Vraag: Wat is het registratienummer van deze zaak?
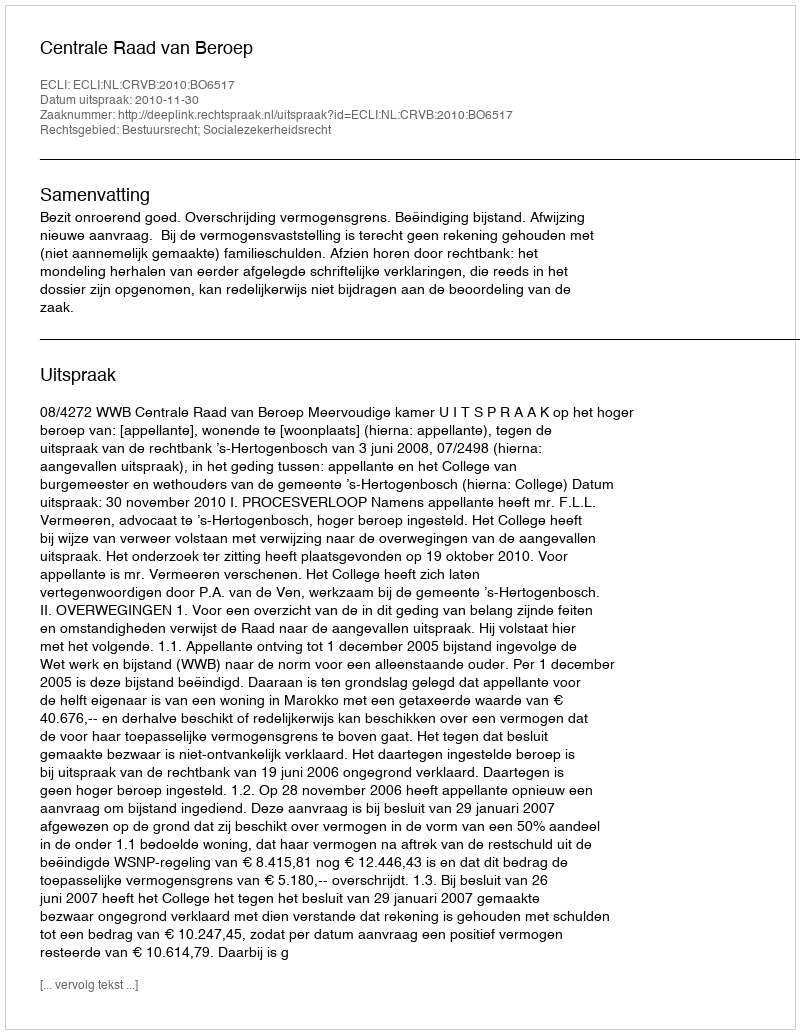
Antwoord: http://deeplink.rechtspraak.nl/uitspraak?id=ECLI:NL:CRVB:2010:BO6517